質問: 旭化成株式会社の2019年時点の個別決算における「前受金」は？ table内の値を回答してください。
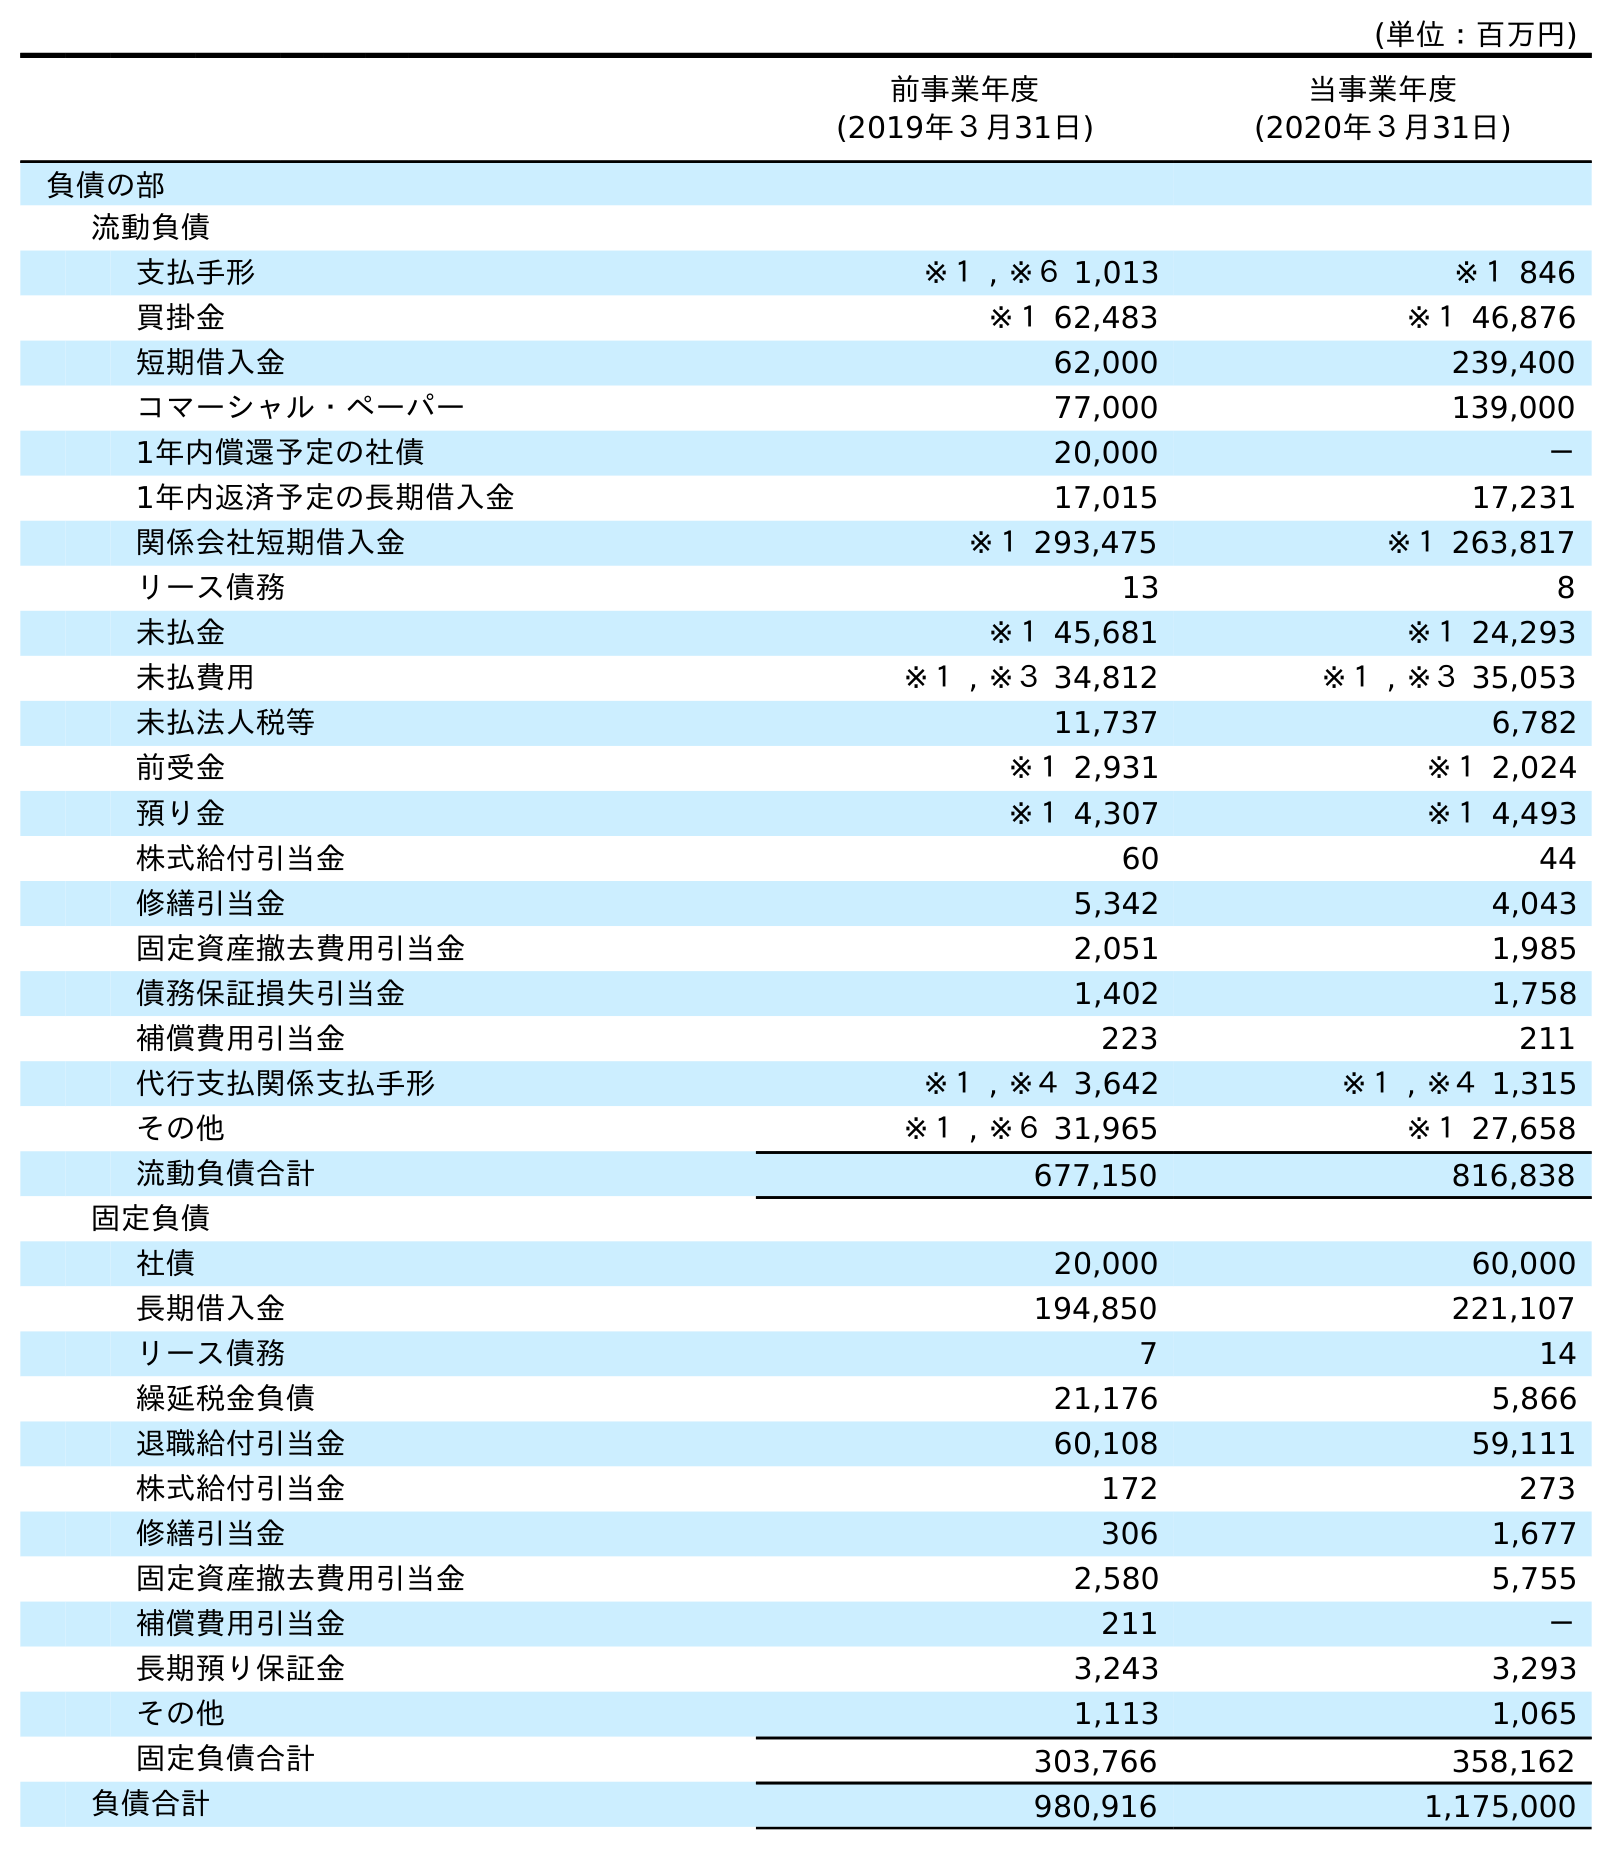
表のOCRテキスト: (単位：百万円) 前事業年度 (2019年３月31日) 当事業年度 (2020年３月31日) 負債の部 流動負債 支払手形 ※１ , ※６ 1,013 ※１ 846 買掛金 ※１ 62,483 ※１ 46,876 短期借入金 62,000 239,400 コマーシャル・ペーパー 77,000 139,000 1年内償還予定の社債 20,000 － 1年内返済予定の長期借入金 17,015 17,231 関係会社短期借入金 ※１ 293,475 ※１ 263,817 リース債務 13 8 未払金 ※１ 45,681 ※１ 24,293 未払費用 ※１ , ※３ 34,812 ※１ , ※３ 35,053 未払法人税等 11,737 6,782 前受金 ※１ 2,931 ※１ 2,024 預り金 ※１ 4,307 ※１ 4,493 株式給付引当金 60 44 修繕引当金 5,342 4,043 固定資産撤去費用引当金 2,051 1,985 債務保証損失引当金 1,402 1,758 補償費用引当金 223 211 代行支払関係支払手形 ※１ , ※４ 3,642 ※１ , ※４ 1,315 その他 ※１ , ※６ 31,965 ※１ 27,658 流動負債合計 677,150 816,838 固定負債 社債 20,000 60,000 長期借入金 194,850 221,107 リース債務 7 14 繰延税金負債 21,176 5,866 退職給付引当金 60,108 59,111 株式給付引当金 172 273 修繕引当金 306 1,677 固定資産撤去費用引当金 2,580 5,755 補償費用引当金 211 － 長期預り保証金 3,243 3,293 その他 1,113 1,065 固定負債合計 303,766 358,162 負債合計 980,916 1,175,000
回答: ※１2,931